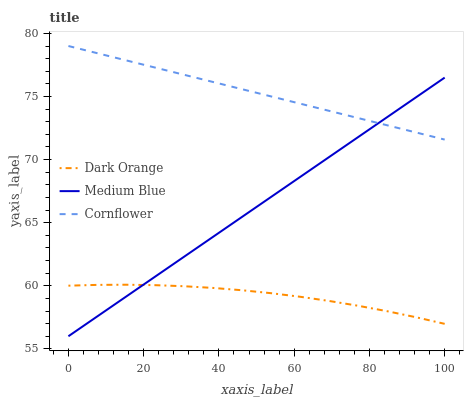
| xaxis_label | Dark Orange | Medium Blue | Cornflower |
 | --- | --- | --- | --- |
 | 0 | 60 | 56 | 79 |
 | 7.69 | 60.1 | 57.6 | 78.4 |
 | 15.4 | 60.1 | 59.2 | 77.9 |
 | 23.1 | 60 | 60.7 | 77.3 |
 | 30.8 | 60 | 62.3 | 76.7 |
 | 38.5 | 59.8 | 63.9 | 76.1 |
 | 46.2 | 59.6 | 65.5 | 75.6 |
 | 53.8 | 59.4 | 67 | 75 |
 | 61.5 | 59.1 | 68.6 | 74.4 |
 | 69.2 | 58.8 | 70.2 | 73.9 |
 | 76.9 | 58.4 | 71.8 | 73.3 |
 | 84.6 | 58 | 73.3 | 72.7 |
 | 92.3 | 57.5 | 74.9 | 72.2 |
 | 100 | 57 | 76.5 | 71.6 |